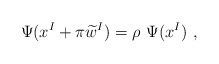
\begin{align*}\Psi(x^I+\pi \widetilde{w}^I) = \rho\ \Psi(x^I)\ ,\end{align*}